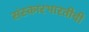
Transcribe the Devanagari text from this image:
संस्कारभारतीची